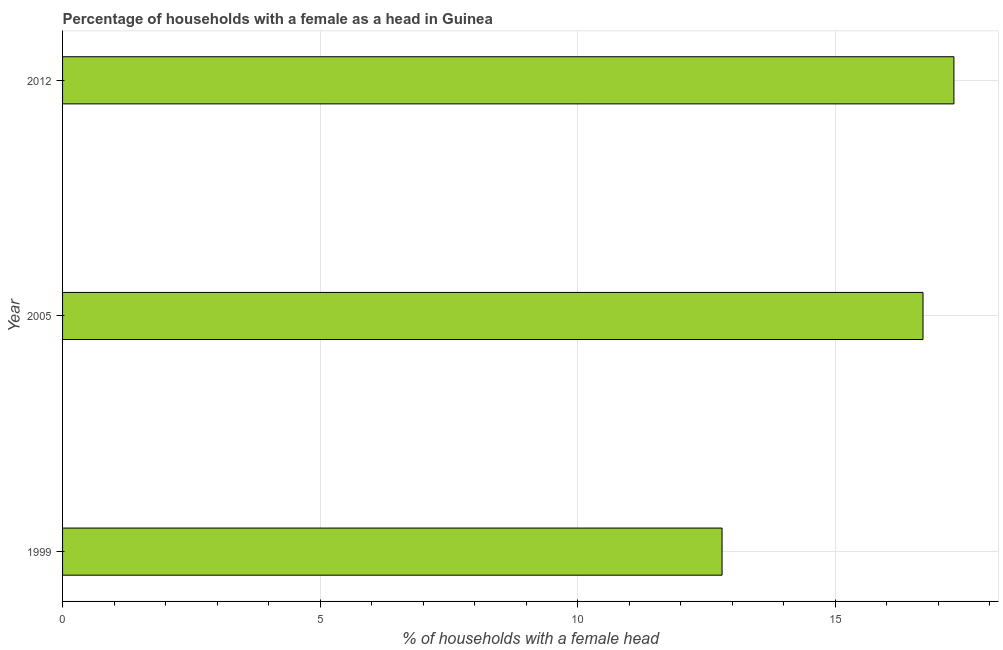
| Year | Female headed households |
 | --- | --- |
 | 1999 | 12.8 |
 | 2005 | 16.7 |
 | 2012 | 17.3 |